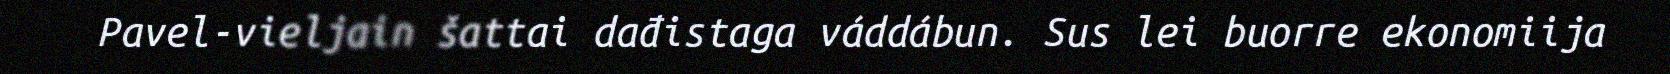
Pavel-vieljain šattai dađistaga váddábun. Sus lei buorre ekonomiija